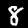
Label: 8